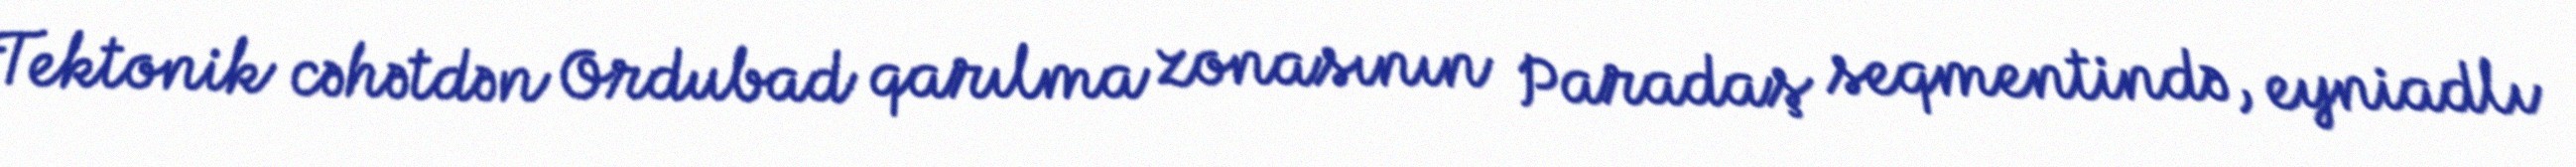
Tektonik cəhətdən Ordubad qarılma zonasının Paradaş seqmentində, eyniadlı